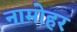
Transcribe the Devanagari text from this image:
नामोहर